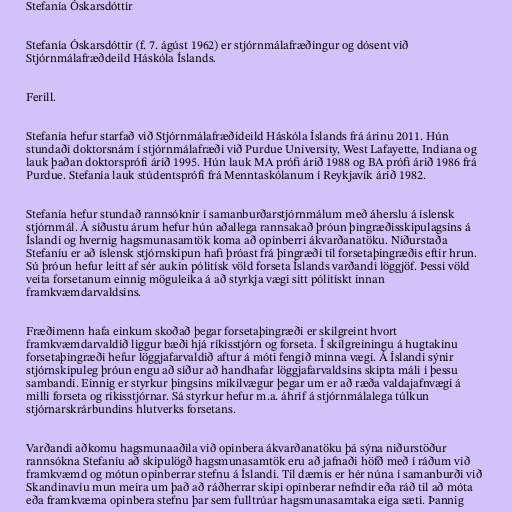
Stefanía Óskarsdóttir

Stefanía Óskarsdóttir (f. 7. ágúst 1962) er stjórnmálafræðingur og dósent við
Stjórnmálafræðdeild Háskóla Íslands.

Ferill.

Stefanía hefur starfað við Stjórnmálafræðideild Háskóla Íslands frá árinu 2011. Hún
stundaði doktorsnám í stjórnmálafræði við Purdue University, West Lafayette, Indiana og
lauk þaðan doktorsprófi árið 1995. Hún lauk MA prófi árið 1988 og BA prófi árið 1986 frá
Purdue. Stefanía lauk stúdentsprófi frá Menntaskólanum í Reykjavík árið 1982.

Stefanía hefur stundað rannsóknir í samanburðarstjórnmálum með áherslu á íslensk
stjórnmál. Á síðustu árum hefur hún aðallega rannsakað þróun þingræðisskipulagsins á
Íslandi og hvernig hagsmunasamtök koma að opinberri ákvarðanatöku. Niðurstaða
Stefaníu er að íslensk stjórnskipun hafi þróast frá þingræði til forsetaþingræðis eftir hrun.
Sú þróun hefur leitt af sér aukin pólitísk völd forseta Íslands varðandi löggjöf. Þessi völd
veita forsetanum einnig möguleika á að styrkja vægi sitt pólitískt innan
framkvæmdarvaldsins.

Fræðimenn hafa einkum skoðað þegar forsetaþingræði er skilgreint hvort
framkvæmdarvaldið liggur bæði hjá ríkisstjórn og forseta. Í skilgreiningu á hugtakinu
forsetaþingræði hefur löggjafarvaldið aftur á móti fengið minna vægi. Á Íslandi sýnir
stjórnskipuleg þróun engu að síður að handhafar löggjafarvaldsins skipta máli í þessu
sambandi. Einnig er styrkur þingsins mikilvægur þegar um er að ræða valdajafnvægi á
milli forseta og ríkisstjórnar. Sá styrkur hefur m.a. áhrif á stjórnmálalega túlkun
stjórnarskrárbundins hlutverks forsetans.

Varðandi aðkomu hagsmunaaðila við opinbera ákvarðanatöku þá sýna niðurstöður
rannsókna Stefaníu að skipulögð hagsmunasamtök eru að jafnaði höfð með í ráðum við
framkvæmd og mótun opinberrar stefnu á Íslandi. Til dæmis er hér núna í samanburði við
Skandinavíu mun meira um það að ráðherrar skipi opinberar nefndir eða ráð til að móta
eða framkvæma opinbera stefnu þar sem fulltrúar hagsmunasamtaka eiga sæti. Þannig